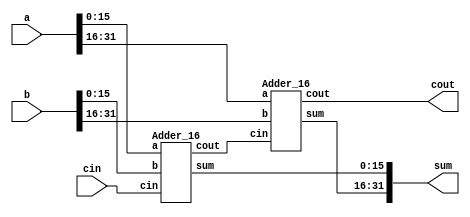
module Adder_32 (input [31:0] a, b, input cin, output [31:0] sum, output cout);
	
	wire [1:0] carry;
	assign carry[0] = cin;
	
	Adder_16 Adder_1 (a[15:0], b[15:0], carry[0], sum[15:0], carry[1]);
	Adder_16 Adder_2 (a[31:16], b[31:16], carry[1], sum[31:16], cout);

endmodule

module Adder_16 (input [15:0] a, b, input cin, output [15:0] sum, output cout);

	wire [3:0] carry;
	assign carry[0] = cin;
	
	CLA_4bits Adder_1 (a[3:0], b[3:0], carry[0], sum[3:0], carry[1]);
	CLA_4bits Adder_2 (a[7:4], b[7:4], carry[1], sum[7:4], carry[2]);
	CLA_4bits Adder_3 (a[11:8], b[11:8], carry[2], sum[11:8], carry[3]);
	CLA_4bits Adder_4 (a[15:12], b[15:12], carry[3], sum[15:12], cout);

endmodule

module CLA_4bits (input [3:0] a, b, input cin, output [3:0] sum, output cout);
	
	wire [3:0] carry;
	wire [3:0] P, G;
	
	BCell b0(a[0], b[0], carry[0], sum[0], G[0], P[0]);
	BCell b1(a[1], b[1], carry[1], sum[1], G[1], P[1]);
	BCell b2(a[2], b[2], carry[2], sum[2], G[2], P[2]);
	BCell b3(a[3], b[3], carry[3], sum[3], G[3], P[3]);
	
	assign carry[0] = cin;
	assign carry[1] = G[0] | (P[0] & carry[0]);
	assign carry[2] = G[1] | (P[1] & carry[1]);
	assign carry[3] = G[2] | (P[2] & carry[2]);
	assign cout = G[3] | (P[3] & carry[3]);

endmodule
	

module BCell (input a, b, cin, output sum, G, P);
	assign G = a&b;
	assign P = a ^ b;
	assign sum = a ^ b ^ cin;
endmodule